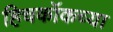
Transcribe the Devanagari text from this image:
हिचकॉकच्या